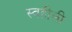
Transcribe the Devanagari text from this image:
स्वहीली